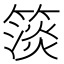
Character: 𥲄